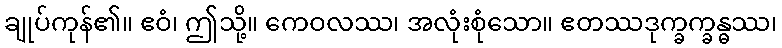
ချုပ်ကုန်၏။ ဧဝံ၊ ဤသို့။ ကေဝလဿ၊ အလုံးစုံသော။ ဧတဿဒုက္ခက္ခန္ဓဿ၊